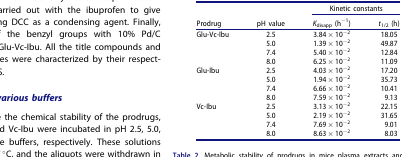
<table><thead><tr><td><b> </b></td><td><b> </b></td><td colspan="2"><b>Kinetic constants</b></td></tr><tr><td><b>Prodrug</b></td><td><b>pH value</b></td><td><b><i>K</i><sub>disapp</sub> (h<sup>−1</sup>)</b></td><td><b><i>t</i><sub>1/2</sub> (h)</b></td></tr></thead><tbody><tr><td>Glu-Vc-Ibu</td><td>2.5</td><td>3.84 × 10<sup>−2</sup></td><td>18.05</td></tr><tr><td> </td><td>5.0</td><td>1.39 × 10<sup>−2</sup></td><td>49.87</td></tr><tr><td> </td><td>7.4</td><td>5.40 × 10<sup>−2</sup></td><td>12.84</td></tr><tr><td> </td><td>8.0</td><td>6.25 × 10<sup>−2</sup></td><td>11.09</td></tr><tr><td>Glu-Ibu</td><td>2.5</td><td>4.03 × 10<sup>−2</sup></td><td>17.20</td></tr><tr><td> </td><td>5.0</td><td>1.94 × 10<sup>−2</sup></td><td>35.73</td></tr><tr><td> </td><td>7.4</td><td>6.66 × 10<sup>−2</sup></td><td>10.41</td></tr><tr><td> </td><td>8.0</td><td>7.59 × 10<sup>−2</sup></td><td>9.13</td></tr><tr><td>Vc-Ibu</td><td>2.5</td><td>3.13 × 10<sup>−2</sup></td><td>22.15</td></tr><tr><td> </td><td>5.0</td><td>2.19 × 10<sup>−2</sup></td><td>31.65</td></tr><tr><td> </td><td>7.4</td><td>7.69 × 10<sup>−2</sup></td><td>9.01</td></tr><tr><td> </td><td>8.0</td><td>8.63 × 10<sup>−2</sup></td><td>8.03</td></tr></tbody></table>